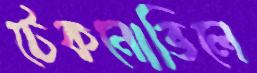
টেকনোভিলে